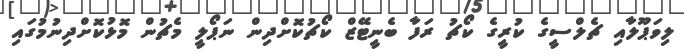
ލިވަޕޫލާއި ޗެލްސީގެ ކުރީގެ ކޯޗު ރަފާ ބެނީޓޭޒް ކޯޗުކޮށްދިން ނަޕޯލީ މެޗުން މޮޅުކޮށްދިނުމުގައި